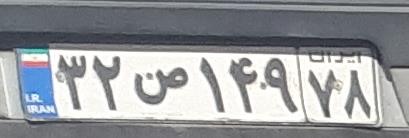
۳۲ص۱۴۹۷۸